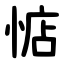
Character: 惦